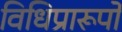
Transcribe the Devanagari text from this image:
विधिप्रारूपों